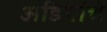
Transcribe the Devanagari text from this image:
अडिगांचे